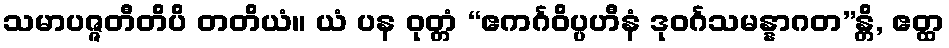
သမာပဇ္ဇတီတိပိ တတိယံ။ ယံ ပန ဝုတ္တံ “ဧကင်္ဂဝိပ္ပဟီနံ ဒုဝင်္ဂသမန္နာဂတ”န္တိ, ဧတ္ထ